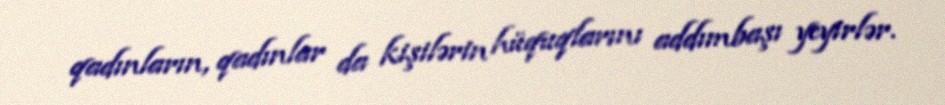
qadınların, qadınlar da kişilərin hüquqlarını addımbaşı yeyirlər.